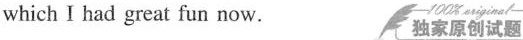
which I had great fun now. 100% 独家原创试题